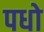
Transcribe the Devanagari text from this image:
पधो